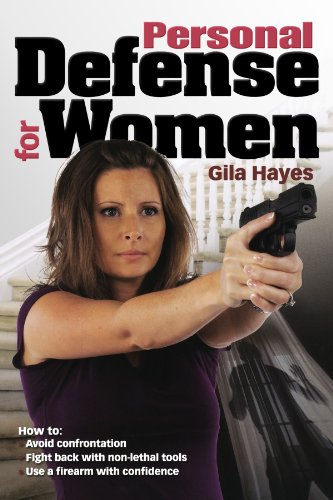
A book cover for Personal Defense for Women; Gila Hayes; Sports & Outdoors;